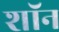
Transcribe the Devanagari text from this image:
शाॅन